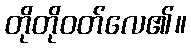
တိုတိုဝတ်လေ၏။